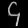
Digit: ၄